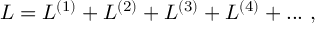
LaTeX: { \cal L } = { \cal L } ^ { ( 1 ) } + { \cal L } ^ { ( 2 ) } + { \cal L } ^ { ( 3 ) } + { \cal L } ^ { ( 4 ) } + . . . \ ,